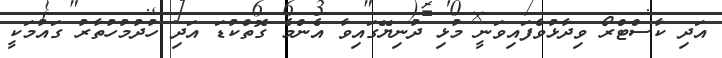
އަދި ކާސްޓްރޯ ވިދާޅުވެފައިވަނީ މުޅި ދުނިޔޭގައިވާ އެންމެ ގޮތްކުޑަ އަދި ހުދުމުހުތާރު ގައުމަކީ